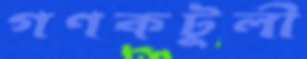
গণকটুলী